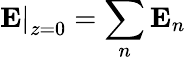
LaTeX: \left.{\mathbf E}\right|_{z=0}=\sum_{n}{\mathbf E}_{n}